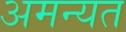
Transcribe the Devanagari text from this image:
अमन्यत